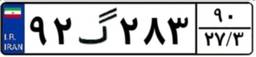
۹۲گ۲۸۳۹۰